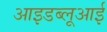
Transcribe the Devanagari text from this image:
आइडब्लूआई